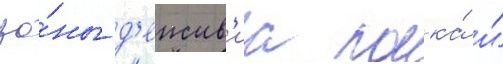
зо́ны д'еиств'иа полка́ и́